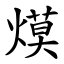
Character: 㷬